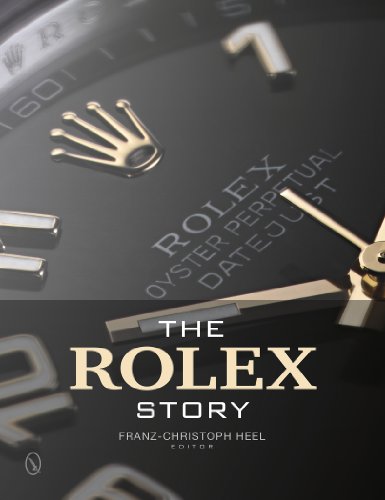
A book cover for The Rolex Story; Crafts, Hobbies & Home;